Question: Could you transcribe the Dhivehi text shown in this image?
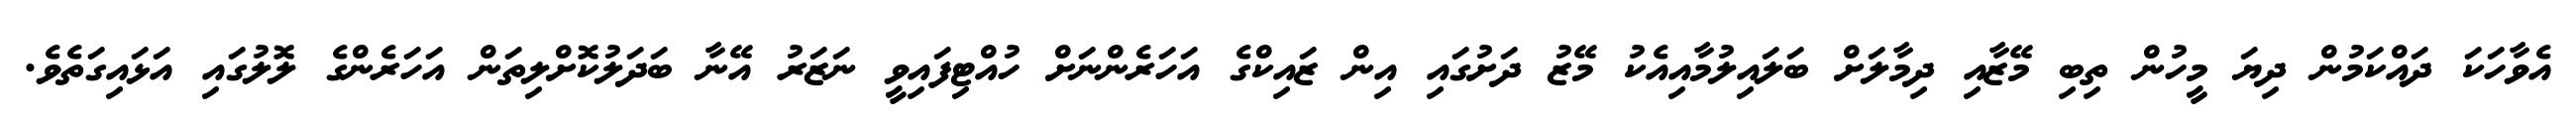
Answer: އެވާހަކަ ދައްކަމުން ދިޔަ މީހުން ތިބި މޭޒާއި ދިމާލަށް ބަލައިލުމާއިއެކު މޭޒު ދަށުގައި އިން ޒައިކްގެ އަހަރެންނަށް ހުއްޓިފައިވީ ނަޒަރު އޭނާ ބަދަލުކޮށްލިތަން އަހަރެންގެ ލޮލުގައި އަޅައިގަތެވެ.